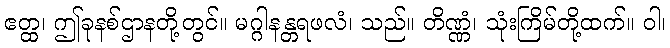
ဧတ္ထ၊ ဤခုနစ်ဌာနတို့တွင်။ မဂ္ဂါနန္တရဖလံ၊ သည်။ တိဏ္ဏံ၊ သုံးကြိမ်တို့ထက်။ ဝါ၊